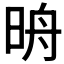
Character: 𣆔